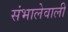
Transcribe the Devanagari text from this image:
संभालेवाली